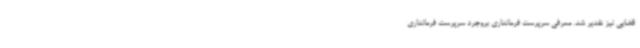
قضایی نیز تقدیر شد. معرفی سرپرست فرمانداری بروجرد سرپرست فرمانداری